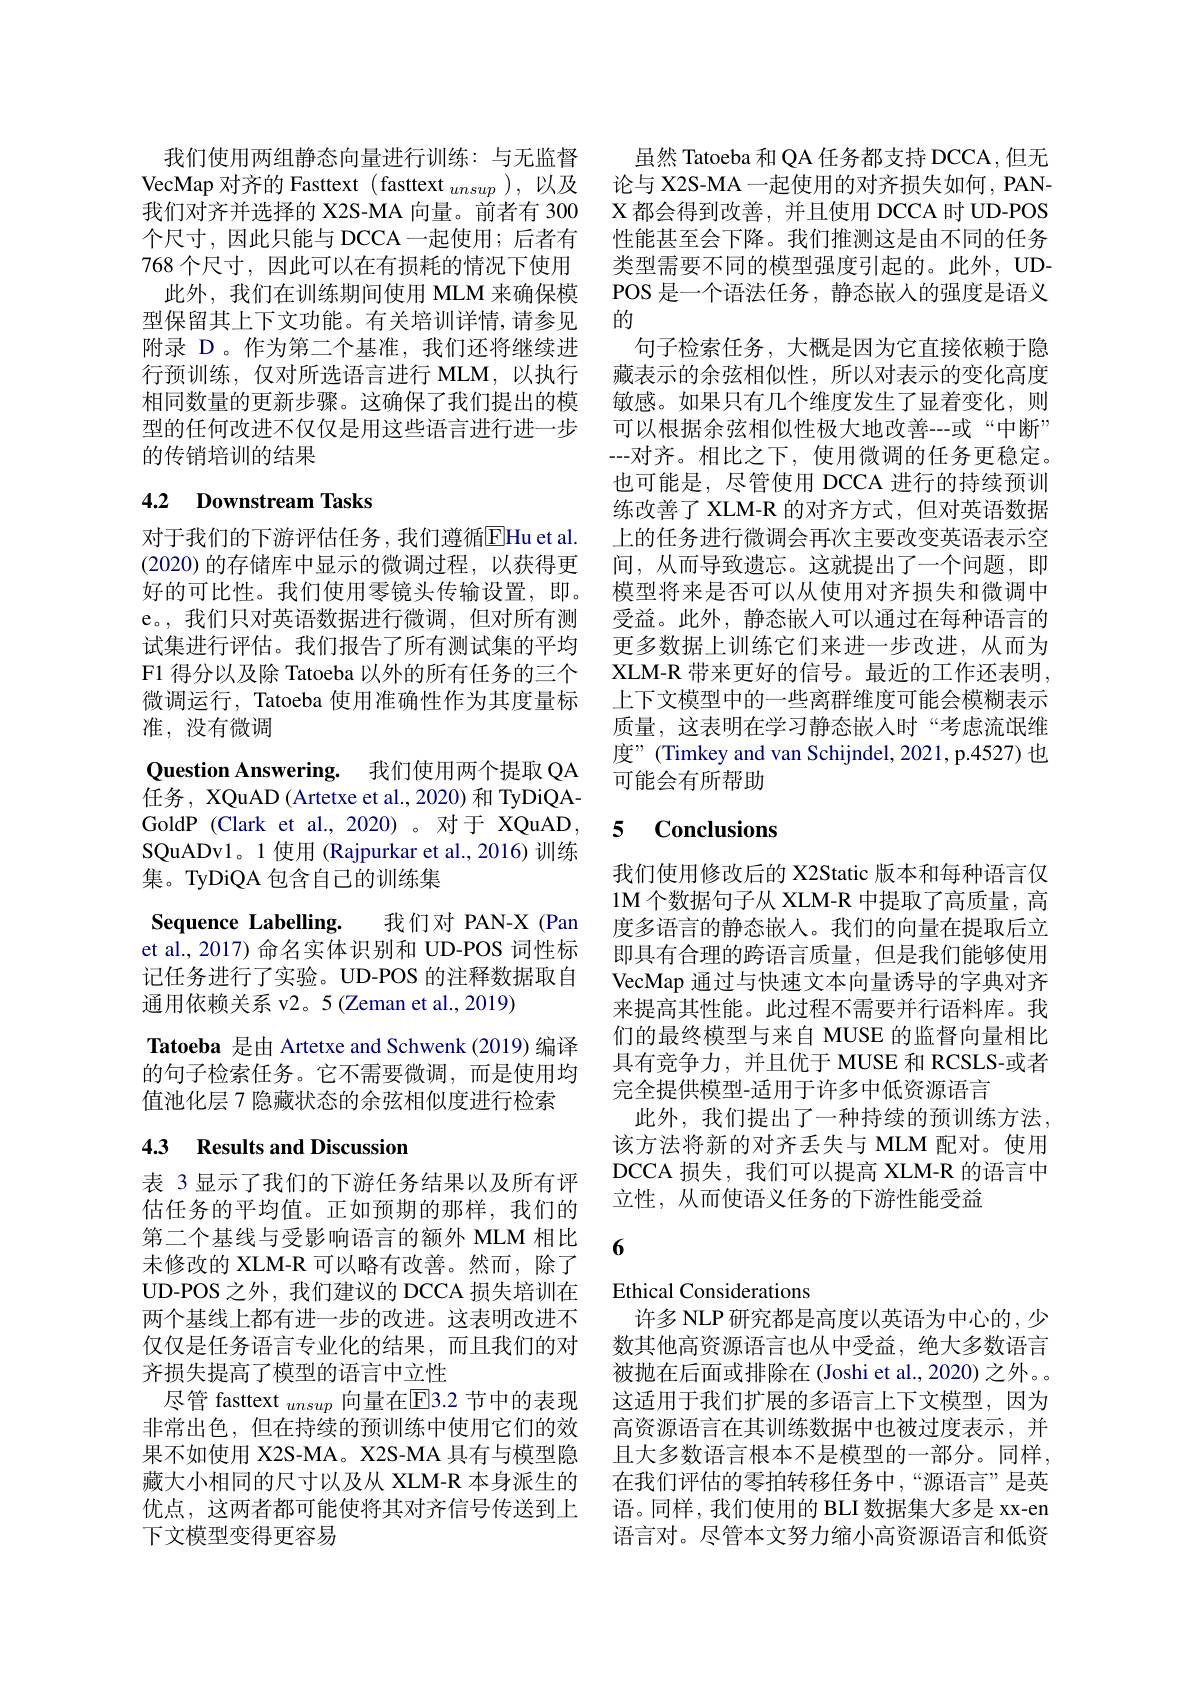
我们使用两组静态向量进行训练：与无监督VecMap 对齐的 Fasttext ( fasttext $_unsup$ ),以及我们对齐并选择的 X2S-MA 向量。前者有 300个尺寸，因此只能与 DCCA 一起使用；后者有768 个尺寸，因此可以在有损耗的情况下使用
此外，我们在训练期间使用 MLM 来确保模型保留其上下文功能。有关培训详情，请参见附录 D。作为第二个基准，我们还将继续进行预训练，仅对所选语言进行 MLM,以执行相同数量的更新步骤。这确保了我们提出的模型的任何改进不仅仅是用这些语言进行进一步的传销培训的结果

## 4.2 Downstream Tasks

对于我们的下游评估任务，我们遵循EHu et al. (2020)的存储库中显示的微调过程，以获得更好的可比性。我们使用零镜头传输设置，即。e。,我们只对英语数据进行微调，但对所有测试集进行评估。我们报告了所有测试集的平均F1 得分以及除 Tatoeba 以外的所有任务的三个微调运行，Tatoeba 使用准确性作为其度量标准，没有微调
Question Answering. 我们使用两个提取 QA 任务，XQuAD (Artetxe et al., 2020) 和 TyDiQAGoldP (Clark et al.,2020)。对于 XQuAD, SQuADv1。1 使用 (Rajpurkar et al., 2016) 训练集。TyDiQA 包含自己的训练集
Sequence Labelling. 我们对 PAN-X (Pan et al., 2017) 命名实体识别和 UD-POS 词性标记任务进行了实验。UD-POS 的注释数据取自通用依赖关系 v2。5 (Zeman et al., 2019)
Tatoeba 是由 Artetxe and Schwenk (2019) 编译的句子检索任务。它不需要微调，而是使用均值池化层 7 隐藏状态的余弦相似度进行检索

## 4.3 Results and Discussion

表 3 显示了我们的下游任务结果以及所有评估任务的平均值。正如预期的那样，我们的第二个基线与受影响语言的额外 MLM 相比未修改的 XLM-R 可以略有改善。然而，除了UD-POS 之外，我们建议的 DCCA 损失培训在两个基线上都有进一步的改进。这表明改进不仅仅是任务语言专业化的结果，而且我们的对齐损失提高了模型的语言中立性
尽管 fasttext $_{unsup}$ 向量在$\mathbb{E}$3.2 节中的表现非常出色，但在持续的预训练中使用它们的效果不如使用 X2S-MA。X2S-MA 具有与模型隐藏大小相同的尺寸以及从 XLM-R 本身派生的优点，这两者都可能使将其对齐信号传送到上下文模型变得更容易

虽然 Tatoeba 和 QA 任务都支持 DCCA, 但无论与 X2S-MA 一起使用的对齐损失如何，PANX 都会得到改善，并且使用 DCCA 时 UD-POS 性能甚至会下降。我们推测这是由不同的任务类型需要不同的模型强度引起的。此外，UDPOS 是一个语法任务，静态嵌入的强度是语义的
句子检索任务，大概是因为它直接依赖于隐藏表示的余弦相似性，所以对表示的变化高度敏感。如果只有几个维度发生了显着变化，则可以根据余弦相似性极大地改善--或“中断” --对齐。相比之下，使用微调的任务更稳定。也可能是，尽管使用 DCCA 进行的持续预训练改善了 XLM-R 的对齐方式，但对英语数据上的任务进行微调会再次主要改变英语表示空间，从而导致遗忘。这就提出了一个问题，即模型将来是否可以从使用对齐损失和微调中受益。此外，静态嵌人可以通过在每种语言的更多数据上训练它们来进一步改进，从而为XLM-R 带来更好的信号。最近的工作还表明， 上下文模型中的一些离群维度可能会模糊表示质量，这表明在学习静态嵌入时“考虑流氓维度”(Timkey and van Schijndel, 2021, p.4527) 也可能会有所帮助

# 5 Conclusions

我们使用修改后的 X2Static 版本和每种语言仅1M 个数据句子从 XLM-R 中提取了高质量，高度多语言的静态嵌入。我们的向量在提取后立即具有合理的跨语言质量，但是我们能够使用VecMap 通过与快速文本向量诱导的字典对齐来提高其性能。此过程不需要并行语料库。我们的最终模型与来自 MUSE 的监督向量相比具有竞争力，并且优于 MUSE 和 RCSLS-或者完全提供模型-适用于许多中低资源语言
此外，我们提出了一种持续的预训练方法， 该方法将新的对齐丢失与 MLM 配对。使用DCCA 损失，我们可以提高 XLM-R 的语言中立性，从而使语义任务的下游性能受益

6

Ethical Considerations
许多 NLP 研究都是高度以英语为中心的，少数其他高资源语言也从中受益，绝大多数语言被抛在后面或排除在 (Joshi et al., 2020) 之外。。这适用于我们扩展的多语言上下文模型，因为高资源语言在其训练数据中也被过度表示，并且大多数语言根本不是模型的一部分。同样， 在我们评估的零拍转移任务中，“源语言”是英语。同样，我们使用的 BLI 数据集大多是 xx-en 语言对。尽管本文努力缩小高资源语言和低资